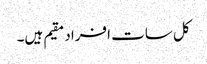
کل سات افراد مقیم ہیں۔